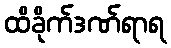
ထိခိုက်ဒဏ်ရာရ